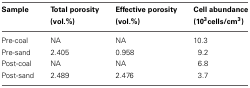
| Sample | Total porosity (vol.%) | Effective porosity (vol.%) | Cell abundance (103 cells/cm3 |
 | --- | --- | --- | --- |
 | Pre-coal | NA | NA | 10.3 |
 | Pre-sand | 2.405 | 0.958 | 9.2 |
 | Post-coal | NA | NA | 6.8 |
 | Post-sand | 2.489 | 2.476 | 3.7 |